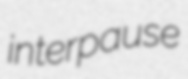
interpause